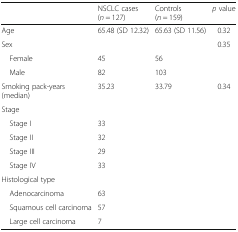
<table><thead><tr><td></td><td><b>NSCLC cases (<i>n</i> = 127)</b></td><td><b>Controls (<i>n</i> = 159)</b></td><td><b><i>p</i> value</b></td></tr></thead><tbody><tr><td>Age</td><td>65.48 (SD 12.32)</td><td>65.63 (SD 11.56)</td><td>0.32</td></tr><tr><td>Sex</td><td></td><td></td><td>0.35</td></tr><tr><td> Female</td><td>45</td><td>56</td><td></td></tr><tr><td> Male</td><td>82</td><td>103</td><td></td></tr><tr><td>Smoking pack-years (median)</td><td>35.23</td><td>33.79</td><td>0.34</td></tr><tr><td>Stage</td><td></td><td></td><td></td></tr><tr><td> Stage I</td><td>33</td><td></td><td></td></tr><tr><td> Stage II</td><td>32</td><td></td><td></td></tr><tr><td> Stage III</td><td>29</td><td></td><td></td></tr><tr><td> Stage IV</td><td>33</td><td></td><td></td></tr><tr><td>Histological type</td><td></td><td></td><td></td></tr><tr><td> Adenocarcinoma</td><td>63</td><td></td><td></td></tr><tr><td> Squamous cell carcinoma</td><td>57</td><td></td><td></td></tr><tr><td> Large cell carcinoma</td><td>7</td><td></td><td></td></tr></tbody></table>